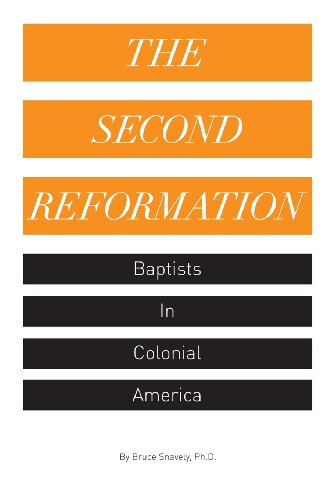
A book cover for The Second Reformation: Baptists in Colonial America; Bruce Snavely; Christian Books & Bibles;